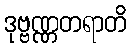
ဒုဗ္ဗဏ္ဏတရာတိ